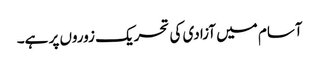
آسام میں آزادی کی تحریک زوروں پر ہے۔